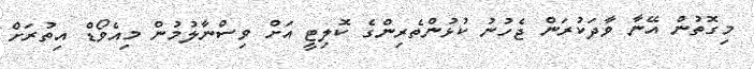
މިގޮތުން އޭނާ ވާދަކުރަން ޖެހުނު ކުޅުންތެރިންގެ ކޮލިޓީ އަށް ވިސްނާލުމުން މިއެވޯޑް އިތުރަށް